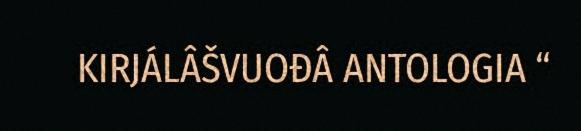
KIRJÁLÂŠVUOĐÂ ANTOLOGIA “